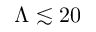
\Lambda \lesssim 2 0